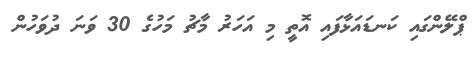
ޕްލޭންގައި ކަނޑައަޅާފައި އޮތީ މި އަހަރު މާޗު މަހުގެ 30 ވަނަ ދުވަހުން